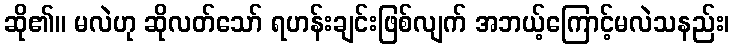
ဆို၏။ မလဲဟု ဆိုလတ်သော် ရဟန်းချင်းဖြစ်လျက် အဘယ့်ကြောင့်မလဲသနည်း၊